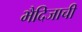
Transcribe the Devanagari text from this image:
भैदिजाची